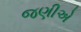
જણીએ